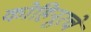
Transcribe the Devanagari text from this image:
कोहिनूरचे